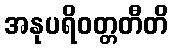
အနုပရိဝတ္တတီတိ